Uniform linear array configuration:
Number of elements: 4
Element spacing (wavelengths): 0.5
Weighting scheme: cosine
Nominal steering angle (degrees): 45
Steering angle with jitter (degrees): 45.121
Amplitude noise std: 0.05
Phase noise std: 0.05

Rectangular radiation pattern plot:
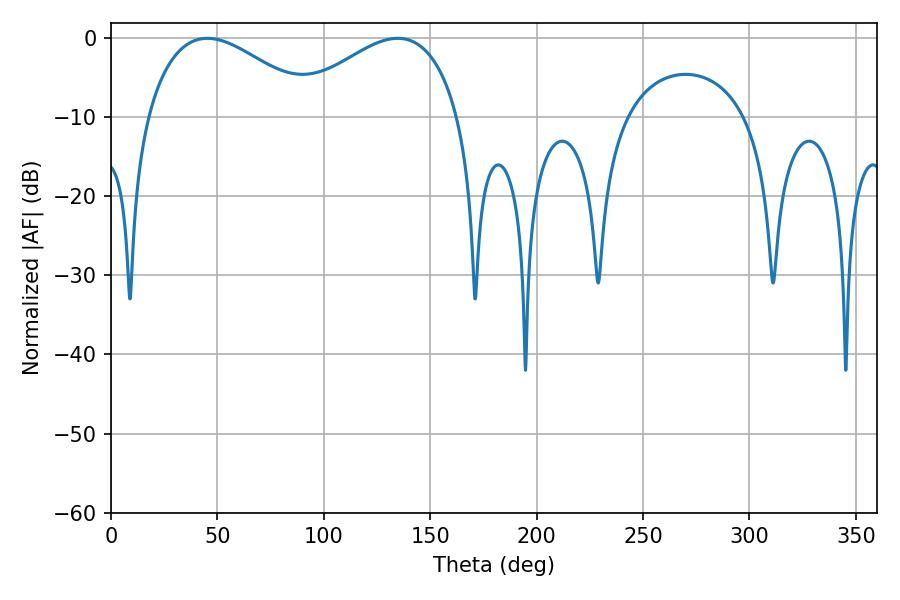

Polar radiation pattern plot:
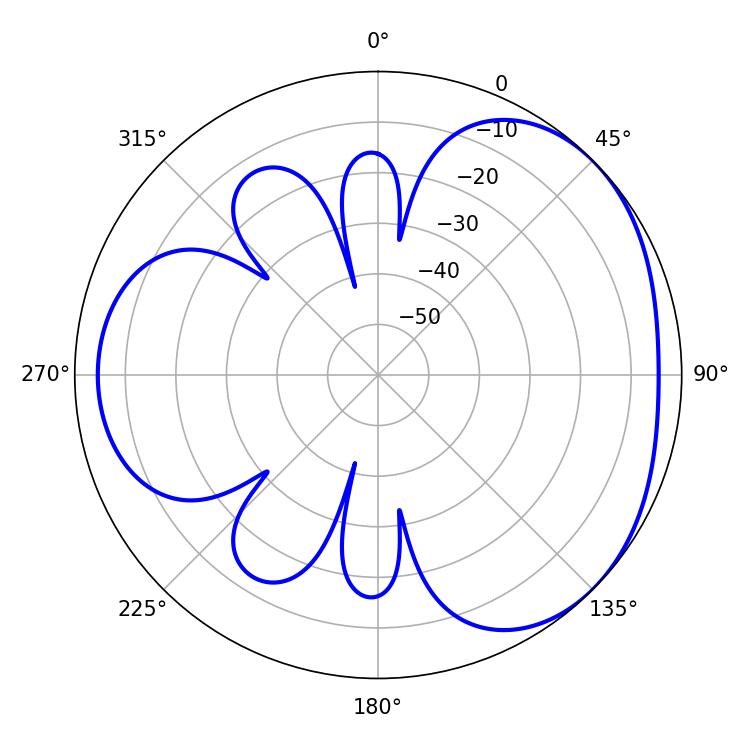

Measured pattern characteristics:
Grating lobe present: FALSE
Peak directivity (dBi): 3.325
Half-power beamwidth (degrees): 43.74
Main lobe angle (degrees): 45.36